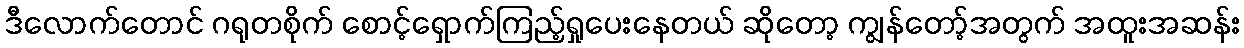
ဒီလောက်တောင် ဂရုတစိုက် စောင့်ရှောက်ကြည့်ရှုပေးနေတယ် ဆိုတော့ ကျွန်တော့်အတွက် အထူးအဆန်း